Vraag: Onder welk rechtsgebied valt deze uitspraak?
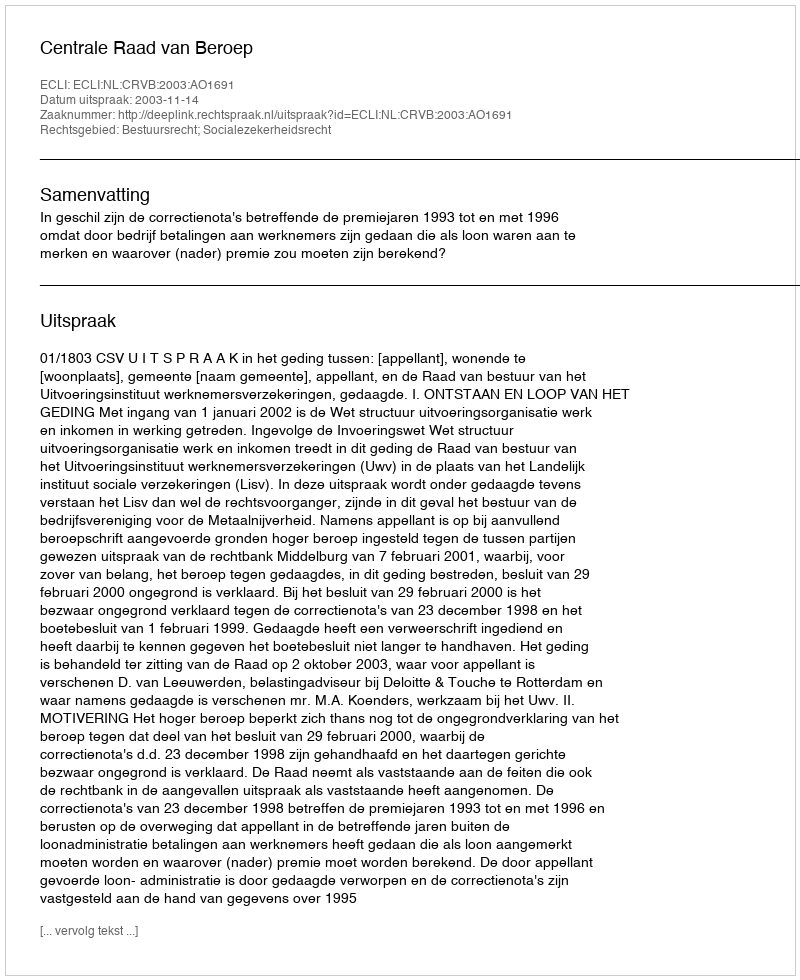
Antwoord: Bestuursrecht; Socialezekerheidsrecht